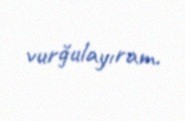
vurğulayıram.